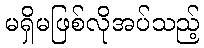
မရှိမဖြစ်လိုအပ်သည့်